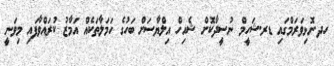
ހދ.ނޮޅިވަރަމްގައި ޑރ.ޝަހީމް ނުސީދާކޮށް ޝެއިހް އިލްޔާސަށް ބަހުގެ ހަމަލާތަކެއް އަމާޒު ކުރައްވާފައި މިވަނީ